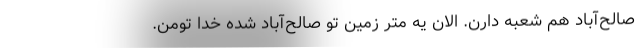
صالح‌آباد هم شعبه دارن. الان یه متر زمین تو صالح‌آباد شده خدا تومن.